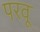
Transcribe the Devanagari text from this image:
परवू